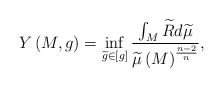
\begin{align*}Y\left( M,g\right) =\inf_{\widetilde{g}\in \left[ g\right] }\frac{\int_{M}\widetilde{R}d\widetilde{\mu }}{\widetilde{\mu }\left( M\right) ^{\frac{n-2}{n}}}, \end{align*}